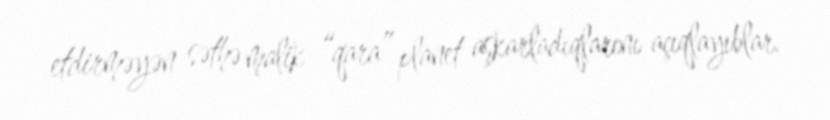
etdirməyən səthə malik “qara” planet aşkarladıqlarını açıqlayıblar.